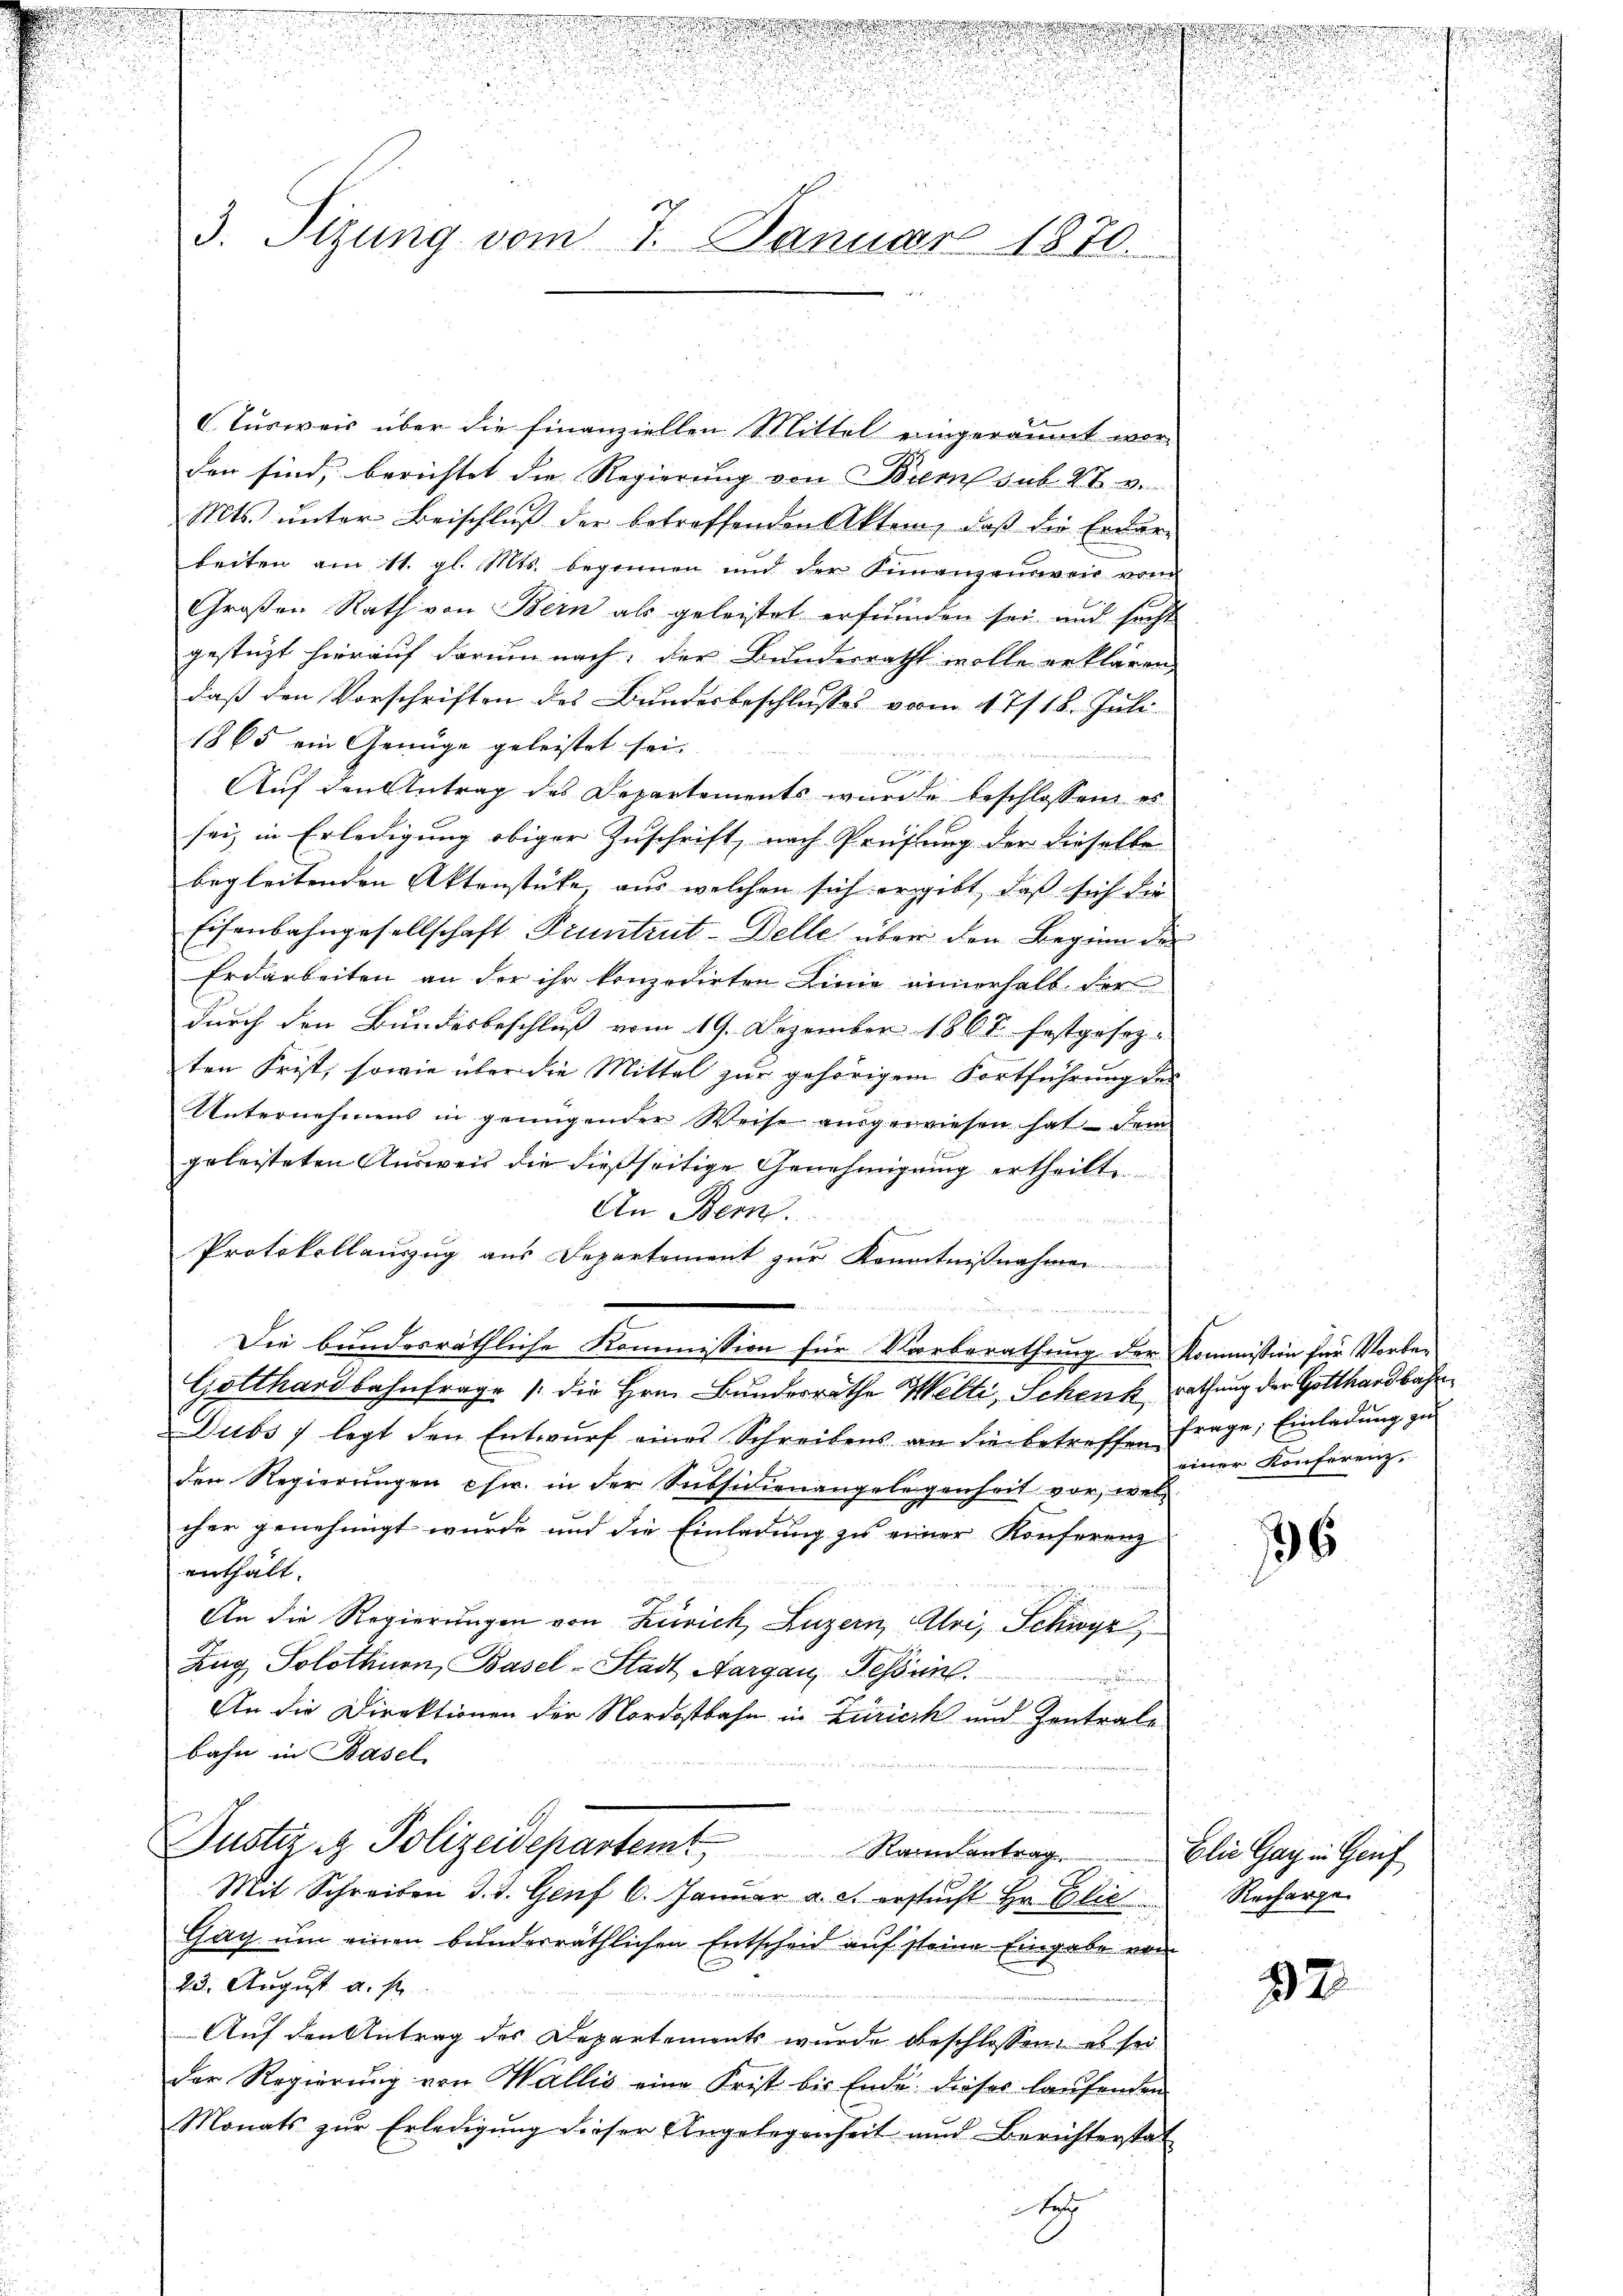
85.
3. Sizung vom 7. Januar 1870.

Turweis über die Finanziellen Mittel eingeräumt worden sind, berichtet die Regierung von Brenns sub N. v.
Mts. ŭnter Beischlŭβ der betreffenden Akten, daβ die Erdar-
beiten am 11. gl. Mts. begonnen und der Finanzausweis vom
Großen Rath von Bern als geleistet erfrunden sei und sicht
gestützt hierauf darum nach der Bundesrath wolle erklären,
daß den Vorschriften des Bundesbeschlusses vom 17/18. Juli
1865 ein Genüge geleistet sei.

Auf den Antrag des Departements wurde beschlossen es
sei, in Erledigung obiger Zuschrift, nach Prüfung der dieselbe
begleitenden Aktenstücke, aus welchen sich ergibt, daß sich die
Eisenbahngesellschaft Prunterit-Delle über den Beginn der
Erdarbeiten an der ihr konzedirten Linie innerhalb der
durch den Bundesbeschluß vom 19. Dezember 1867 festgesezten Frist, sowie über die Mittel zur gehörigem Fortführung des
Unternehmens in genügender Weise aŭsgewiesen hat dem
geleisteten Ausweis die dießseitige Genehmigung ertheilt.
An Bern.
Protokollauszug aus Departement zur Kenntnißnahmen.
 Sodann der aber der
Die bunderräthliche Kommission für Vorberathung der Kommission für Vorbe¬
Gotthardbahnfrage /: die Hrn. Bundesrathe Welti, Schenk, rathung der Gotthardbahn
Dubs 7 legt den Entwŭrf eines Schreibens an die betreffen frage: Einladŭng zu
den Regierungen chw. in der Subsidienangelegenheit vor, wel
cher genehmigt wurde und die Einladung zu einer Konferenz
enthält.
An die Regierungen von Zürich, Luzern, Uri, Schwyz
Zug Solothurn, Basel-Stadt Aargau, Fessung.
An die Direktionen der Nordostbahn in Zürich und Zentrale
bahn in Basel
Justiz & Polizeidepartem Ramantrag
Mit Schreiben d. d. Genf 6. Januar a. c. ersucht Hr. Glie
Gag um einen bunderräthlichen Entscheid auf seine Eingabe vom
23. August u. s
Auf den Antrag des Departements wurde beschlossen, es sei
der Regierung von Wallis eine Frist bis Ende dieses laufenden
Monats zur Erledigung dieser Angelegenheit und Berichterstat
e

einer Konferenz,
u

96

Elie Gay in Genf
Recharge

32

u